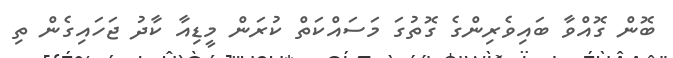
ބޮން ގޮއްވާ ބައިވެރިންގެ ގޮތުގަ މަސައްކަތް ކުރަން މީޑިއާ ކާދު ޖަހައިގެން ތި